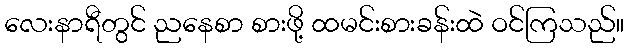
လေးနာရီတွင် ညနေစာ စားဖို့ ထမင်းစားခန်းထဲ ဝင်ကြသည်။